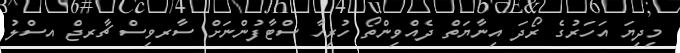
މިދިޔަ އަހަރުގެ ރޯދަ އިނާޔަތް ދެއްވިންތޯ ހުރިހާ ސްޓާފުންނަށް ސާރވިސް ޗާރޖް އސްލު